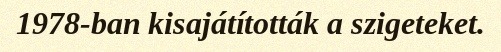
1978-ban kisajátították a szigeteket.